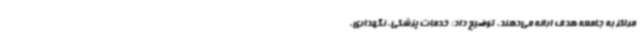
مراکز به جامعه هدف ارائه می‌دهند، توضیح داد: خدمات پزشکی، نگهداری،